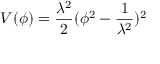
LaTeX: V ( \phi ) = \frac { \lambda ^ { 2 } } { 2 } ( \phi ^ { 2 } - \frac { 1 } { \lambda ^ { 2 } } ) ^ { 2 }